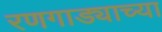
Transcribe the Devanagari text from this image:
रणगाड्याच्या